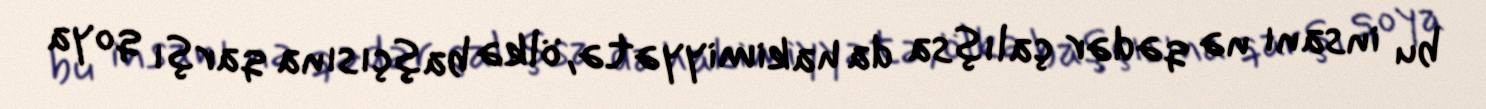
bu insanı nə qədər çalışsa da hakimiyyətə, ölkə başçısına qarşı qoya